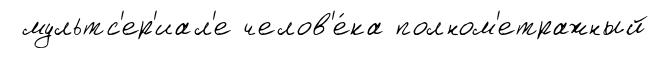
мультс'ер'иал'е челов'е́ка полном'етражный